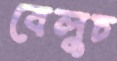
বেলুচ